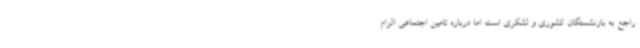
راجع به بازنشستگان کشوری و لشکری است اما درباره تامین اجتماعی الزام